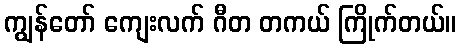
ကျွန်တော် ကျေးလက် ဂီတ တကယ် ကြိုက်တယ်။